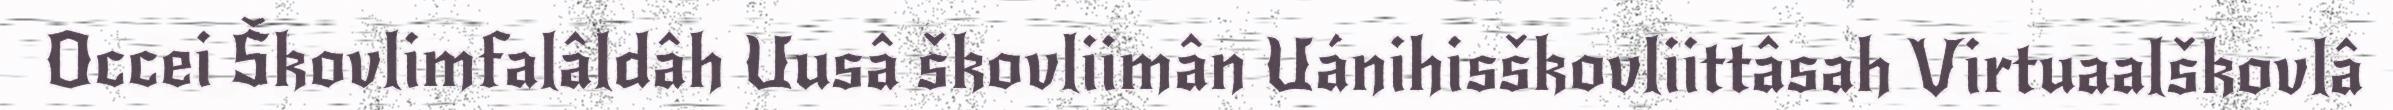
Occei Škovlimfalâldâh Uusâ škovliimân Uánihisškovliittâsah Virtuaalškovlâ